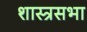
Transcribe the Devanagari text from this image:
शास्त्रसभा